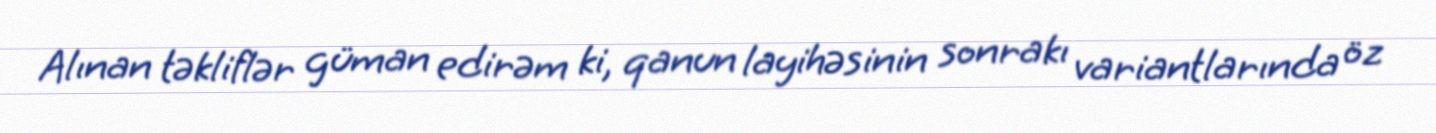
Alınan təkliflər güman edirəm ki, qanun layihəsinin sonrakı variantlarında öz